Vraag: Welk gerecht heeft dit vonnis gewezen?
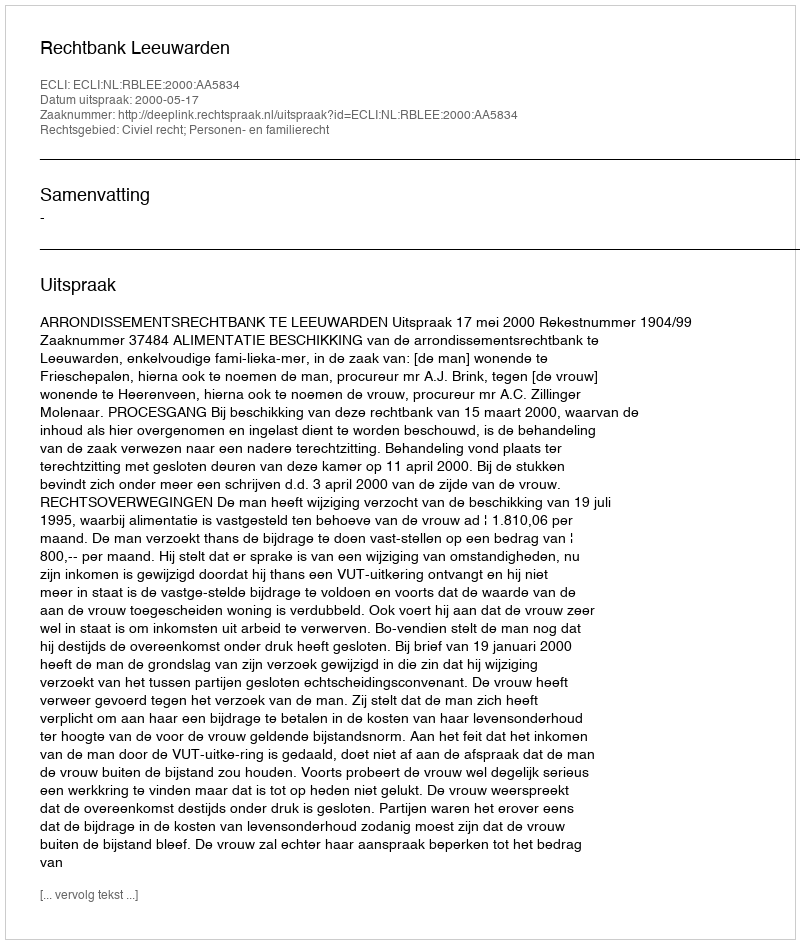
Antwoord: Rechtbank Leeuwarden